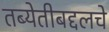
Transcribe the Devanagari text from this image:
तब्येतीबद्दलचे